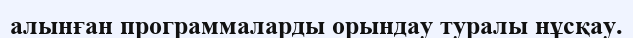
алынған программаларды орындау туралы нұсқау.